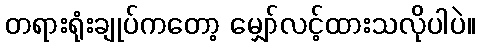
တရားရုံးချုပ်ကတော့ မျှော်လင့်ထားသလိုပါပဲ။